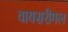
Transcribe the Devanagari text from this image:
वायसरीगल